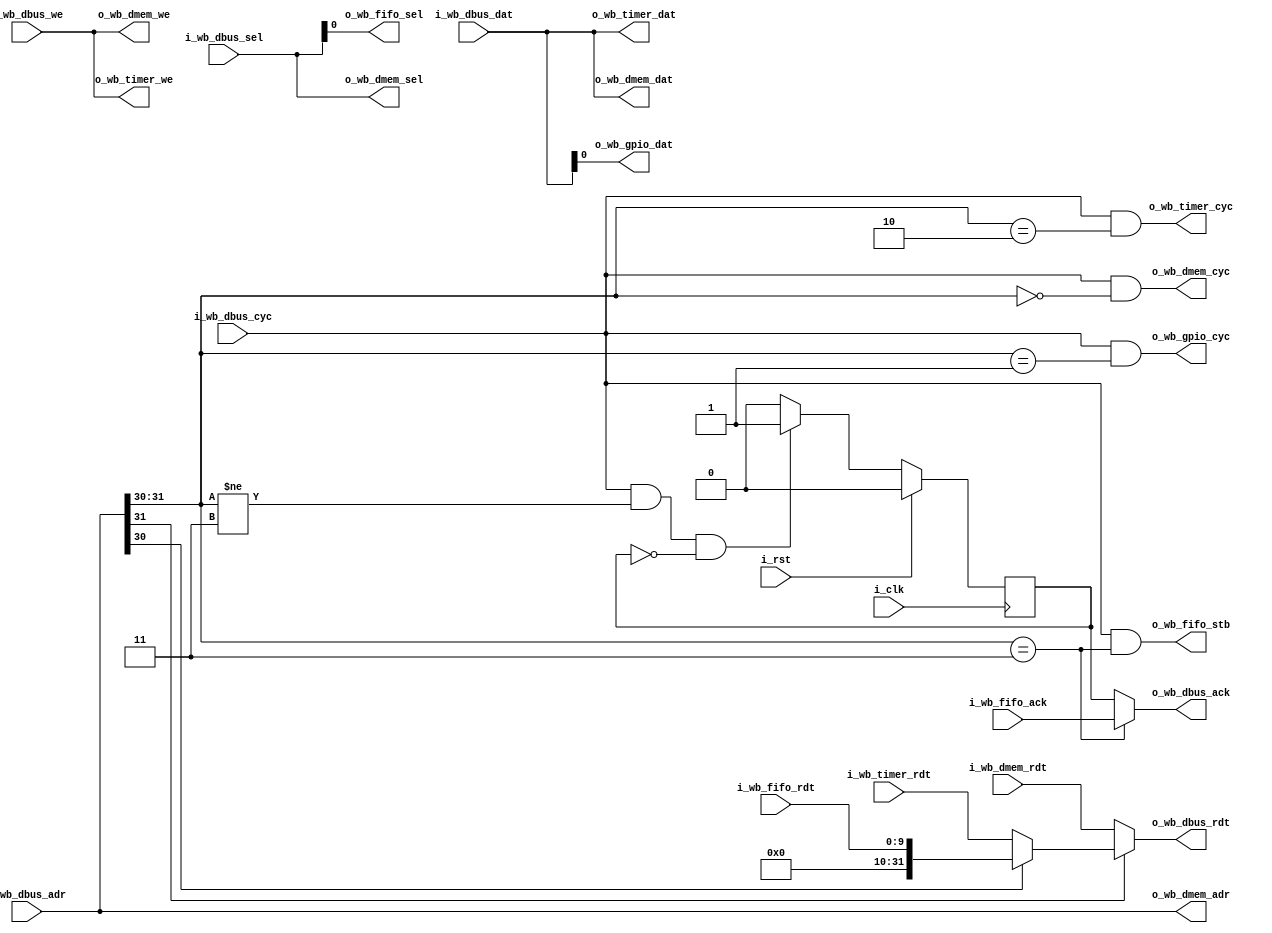
/*
 mem = 00
 gpio = 01
 timer = 10
 FIFO = 11
 */
module emitter_mux
  (
   input wire 	      i_clk,
   input wire 	      i_rst,
   input wire [31:0]  i_wb_dbus_adr,
   input wire [31:0]  i_wb_dbus_dat,
   input wire [3:0]   i_wb_dbus_sel,
   input wire 	      i_wb_dbus_we,
   input wire 	      i_wb_dbus_cyc,
   output wire [31:0] o_wb_dbus_rdt,
   output wire 	      o_wb_dbus_ack,
   //RW
   output wire [31:0] o_wb_dmem_adr,
   output wire [31:0] o_wb_dmem_dat,
   output wire [3:0]  o_wb_dmem_sel,
   output wire 	      o_wb_dmem_we,
   output wire 	      o_wb_dmem_cyc,
   input wire [31:0]  i_wb_dmem_rdt,
   //W
   output wire 	      o_wb_gpio_dat,
   output wire 	      o_wb_gpio_cyc,
   //RW
   output wire [31:0] o_wb_timer_dat,
   output wire 	      o_wb_timer_we,
   output wire 	      o_wb_timer_cyc,
   input wire [31:0]  i_wb_timer_rdt,
   //R
   output wire [0:0]  o_wb_fifo_sel,
   output wire 	      o_wb_fifo_stb,
   input wire [9:0]   i_wb_fifo_rdt,
   input wire 	      i_wb_fifo_ack);

   parameter sim = 0;

   reg 		      ack;

   wire [1:0] 	  s = i_wb_dbus_adr[31:30];

   assign o_wb_dbus_rdt = !s[1] ? i_wb_dmem_rdt :
			  s[0]  ? {22'd0, i_wb_fifo_rdt} :
			  i_wb_timer_rdt;
   assign o_wb_dbus_ack = (s == 2'b11) ? i_wb_fifo_ack : ack;

   always @(posedge i_clk) begin
      ack <= 1'b0;
      if (i_wb_dbus_cyc & (s != 2'b11) & !ack)
	ack <= 1'b1;
      if (i_rst)
	ack <= 1'b0;
   end

   assign o_wb_dmem_adr = i_wb_dbus_adr;
   assign o_wb_dmem_dat = i_wb_dbus_dat;
   assign o_wb_dmem_sel = i_wb_dbus_sel;
   assign o_wb_dmem_we  = i_wb_dbus_we;
   assign o_wb_dmem_cyc = i_wb_dbus_cyc & (s == 2'b00);

   assign o_wb_gpio_dat = i_wb_dbus_dat[0];
   assign o_wb_gpio_cyc = i_wb_dbus_cyc & (s == 2'b01);

   assign o_wb_timer_dat = i_wb_dbus_dat;
   assign o_wb_timer_we  = i_wb_dbus_we;
   assign o_wb_timer_cyc = i_wb_dbus_cyc & (s == 2'b10);

   assign o_wb_fifo_sel = i_wb_dbus_sel[0];
   assign o_wb_fifo_stb = i_wb_dbus_cyc & (s == 2'b11);

   generate
      if (sim) begin
	 wire halt_en = (i_wb_dbus_adr[31:28] == 4'h9) & i_wb_dbus_cyc & o_wb_dbus_ack;

	 always @(posedge i_clk)
	   if(halt_en) begin
	      $display("Finito");
	      $finish;
	   end
      end
   endgenerate
endmodule